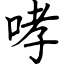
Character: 哮